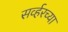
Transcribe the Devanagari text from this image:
सर्व्हरच्या